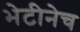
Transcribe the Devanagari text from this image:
भेटीनेच